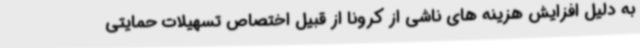
به دلیل افزایش هزینه های ناشی از کرونا از قبیل اختصاص تسهیلات حمایتی